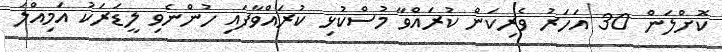
ކޮށްލަން 30 އަހަރު ވެރިކަން ކުރައްވާ މުސްކުޅި ކުރައްވާފައި ހުންނެވި ލީޑަރަކު އަމިއްލަ